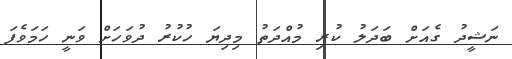
ނަޝީދު ގެއަށް ބަދަލު ކުރި މުއްދަތު މިދިޔަ ހުކުރު ދުވަހަށް ވަނީ ހަމަވެފަ